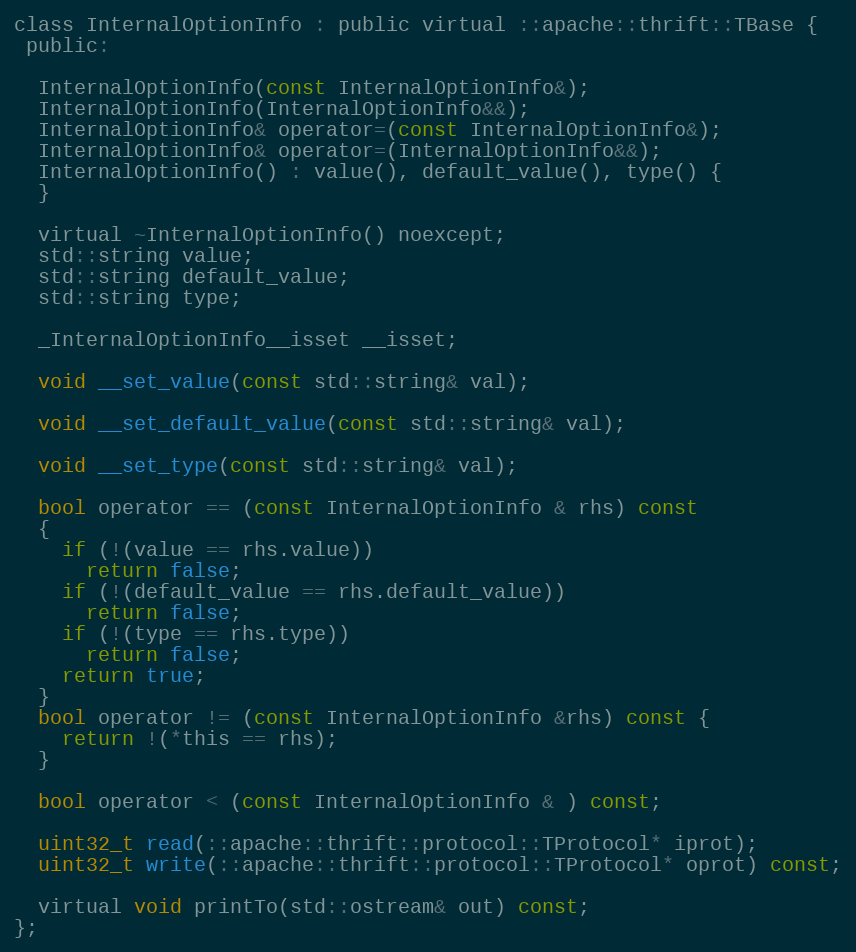
Language: C
class InternalOptionInfo : public virtual ::apache::thrift::TBase {
 public:

  InternalOptionInfo(const InternalOptionInfo&);
  InternalOptionInfo(InternalOptionInfo&&);
  InternalOptionInfo& operator=(const InternalOptionInfo&);
  InternalOptionInfo& operator=(InternalOptionInfo&&);
  InternalOptionInfo() : value(), default_value(), type() {
  }

  virtual ~InternalOptionInfo() noexcept;
  std::string value;
  std::string default_value;
  std::string type;

  _InternalOptionInfo__isset __isset;

  void __set_value(const std::string& val);

  void __set_default_value(const std::string& val);

  void __set_type(const std::string& val);

  bool operator == (const InternalOptionInfo & rhs) const
  {
    if (!(value == rhs.value))
      return false;
    if (!(default_value == rhs.default_value))
      return false;
    if (!(type == rhs.type))
      return false;
    return true;
  }
  bool operator != (const InternalOptionInfo &rhs) const {
    return !(*this == rhs);
  }

  bool operator < (const InternalOptionInfo & ) const;

  uint32_t read(::apache::thrift::protocol::TProtocol* iprot);
  uint32_t write(::apache::thrift::protocol::TProtocol* oprot) const;

  virtual void printTo(std::ostream& out) const;
};